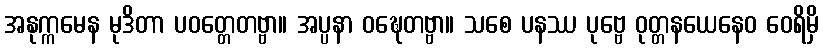
အနုက္ကမေန မုဒိတာ ပဝတ္တေတဗ္ဗာ။ အပ္ပနာ ဝဍ္ဎေတဗ္ဗာ။ သစေ ပနဿ ပုဗ္ဗေ ဝုတ္တနယေနေဝ ဝေရိမှိ